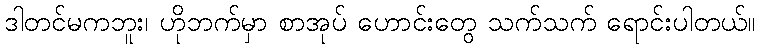
ဒါတင်မကဘူး၊ ဟိုဘက်မှာ စာအုပ် ဟောင်းတွေ သက်သက် ရောင်းပါတယ်။